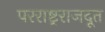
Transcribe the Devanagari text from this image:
परराष्ट्रराजदूत